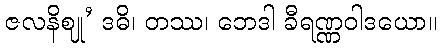
ဇလနိဈု’ ဒဓိ၊ တဿ၊ ဘေဒါ ခီရဏ္ဏဝါဒယော။